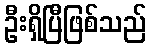
ဦးရှိပြီဖြစ်သည်